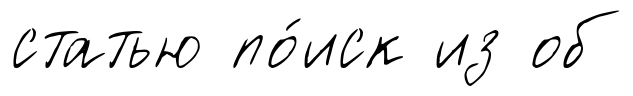
статью по́иск из об